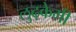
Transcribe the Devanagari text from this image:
लुढ़केगी